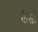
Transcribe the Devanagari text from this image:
केस्त्रो